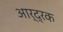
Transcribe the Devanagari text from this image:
आर्द्रक